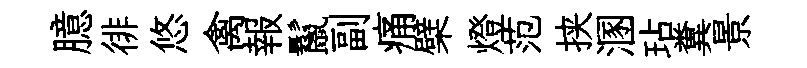
臆徘悠禽報鬣副痛檗燈范挟溷玷糞景